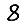
Digit: 8